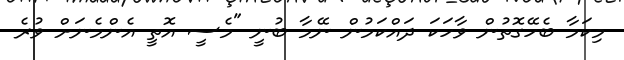
މިކަމާ ބެހޭގޮތުން ވާހަކަ ދައްކަމުން ނޭމާ ބުނީ "މެސީ އޮތީ އެންމެނަށް ވުރެ